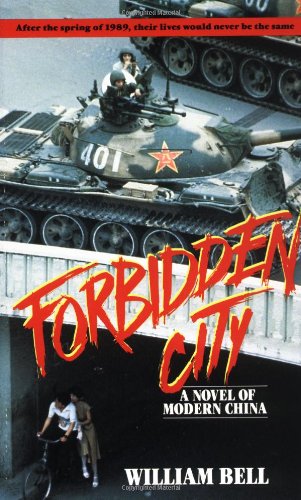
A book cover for Forbidden City: A Novel of Modern China; William Bell; Teen & Young Adult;